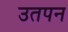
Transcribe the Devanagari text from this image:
उतपन